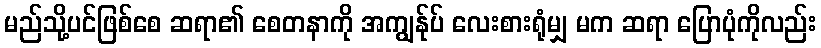
မည်သို့ပင်ဖြစ်စေ ဆရာ၏ စေတနာကို အကျွန်ုပ် လေးစားရုံမျှ မက ဆရာ ပြောပုံကိုလည်း